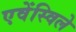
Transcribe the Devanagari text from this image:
एवेंस्विले